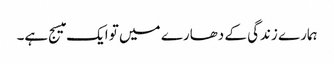
ہمارے زندگی کے دھارے میں تو ایک میسج ہے۔